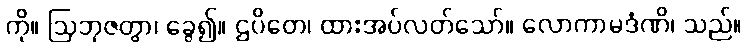
ကို။ ဩဘုဇတွာ၊ ခွေ၍။ ဌပိတေ၊ ထားအပ်လတ်သော်။ လောကာမဒံဏိ၊ သည်။